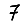
Digit: 7